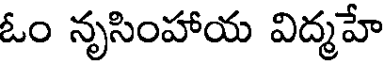
ఓం నృసింహాయ విద్మహే